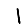
Digit: 1